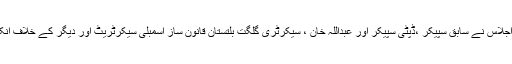
نیب کے ایگزیکٹو بورڈ اجلاس نے سابق سپیکر ،ڈپٹی سپیکر اور عبداللہ خان ، سیکرٹری گلگت بلتستان قانون ساز اسمبلی سیکرٹریٹ اور دیگر کے خلاف انکوائری کی منظوری دی۔